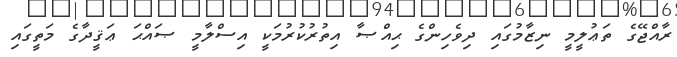
ރާއްޖޭގެ ތަޢުލީމީ ނިޒާމުގައި ދިވެހިންގެ ޙިއްޞާ އިތުރުކުރުމަކީ އިސްލާމީ ޞައްޙަ ޢަޤީދާގެ މަތީގައި